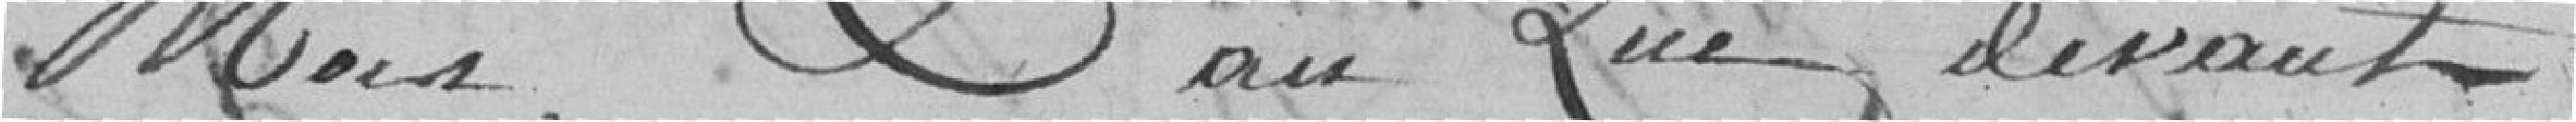
Mois, au que devant